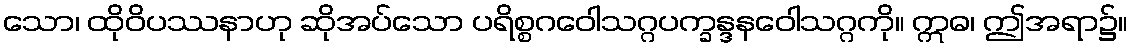
သော၊ ထိုဝိပဿနာဟု ဆိုအပ်သော ပရိစ္စဂဝေါသဂ္ဂပက္ခန္ဒနဝေါသဂ္ဂကို။ ဣဓ၊ ဤအရာ၌။